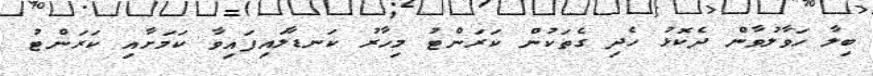
ބިލާ ހަވާލުވާން ދެކޮޅު ހެދި ގެތަކުން ކަރަންޓު މިހާރު ކަނޑާލައިފައިވާ ކަމަށާއި ކަރަންޓު